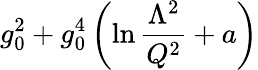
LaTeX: g_{0}^{2}+g_{0}^{4}\left(\ln{\frac{\Lambda^{2}}{Q^{2}}}+a\right)